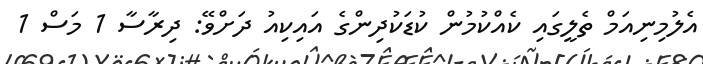
އެލުމިނިއަމް ތެލީގައި ކެއްކުމުން ކުޑަކުދިންގެ އައިކިއު ދަށްވޭ: ދިރާސާ 1 މަސް 1